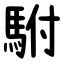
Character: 駙